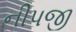
નીપજી